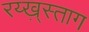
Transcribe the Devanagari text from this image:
रय्ख़्स्ताग